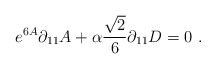
\begin{align*}e^{6A}\partial_{11}A+\alpha{{\sqrt{2}}\over{6}}\partial_{11}D=0 \ . \end{align*}